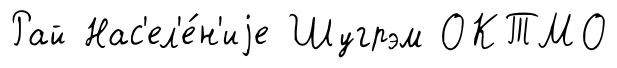
Рай Нас'ел'е́н'иjе Шугрэм ОКТМО